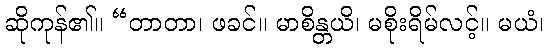
ဆိုကုန်၏။ “တာတာ၊ ဖခင်။ မာစိန္တယိ၊ မစိုးရိမ်လင့်။ မယံ၊